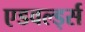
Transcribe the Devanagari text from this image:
एडवर्ल्ड्स